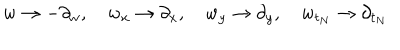
w \to - \partial _ { w } , \quad w _ { x } \to \partial _ { x } , \quad w _ { y } \to \partial _ { y } , \quad w _ { t _ { N } } \to \partial _ { t _ { N } }